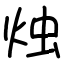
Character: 烛